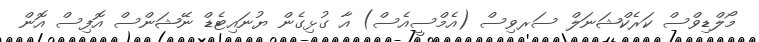
މޯލްޑިވްސް ކަރެކްޝަނަލް ސަރވިސް (އެމްސީއެސް) އާ ގުޅިގެން ޔުނައިޓެޑް ނޭޝަންސް އޮފިސް އޮން